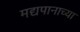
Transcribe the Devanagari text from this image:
मद्यपानाच्या